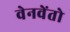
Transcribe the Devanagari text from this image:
वेनवेंतो